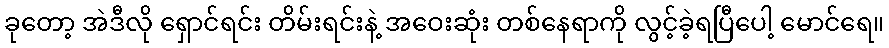
ခုတော့ အဲဒီလို ရှောင်ရင်း တိမ်းရင်းနဲ့ အဝေးဆုံး တစ်နေရာကို လွင့်ခဲ့ရပြီပေါ့ မောင်ရေ။